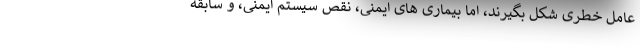
عامل خطری شکل بگیرند، اما بیماری های ایمنی، نقص سیستم ایمنی، و سابقه